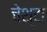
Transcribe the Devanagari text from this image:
चेश्टा